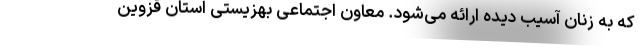
که به زنان آسیب دیده ارائه می‌شود. معاون اجتماعی بهزیستی استان قزوین